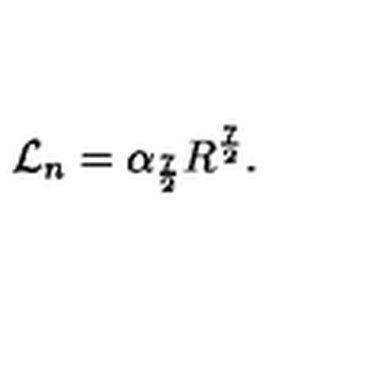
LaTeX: { \cal { L } } _ { n } = \alpha _ { \frac { 7 } { 2 } } R ^ { \frac { 7 } { 2 } } .